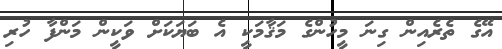
އޭގެ ތެރެއިން ގިނަ މީހުންގެ މަޤާމަކީ އެ ބަޔަކަށް ވަކީން މަންފާ ހުރި